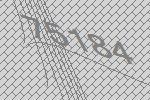
75184